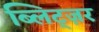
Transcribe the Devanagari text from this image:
ब्लिट्ज़र